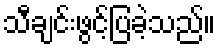
သီချင်းဖွင့်ပြခဲ့သည်။